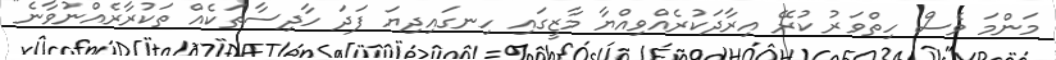
މަންމަ ވެސް ހިތްވަރު ކުރޭ އިރާދަކުރެއްވިއްޔާ މާޒީގައި ހިނގައިދިޔަ ފަދަ ހާދިސާތަކެއް ތަކުރާރެއްނުވާނެ"